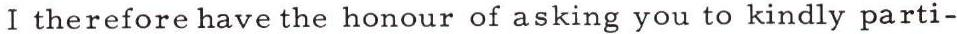
I therefore have the honour of asking you to kindly parti-